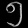
Digit: ၅